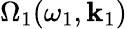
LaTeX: \Omega_{1}(\omega_{1},\mathbf{k}_{1})